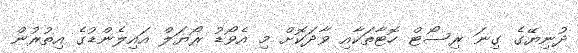
ދުނިޔޭގެ ގިނަ ރިސޯޓް ހޮޓާތަކާއި ވާދަކޮށް މި އެވޯޑު ރޯޔަލް އައިލެންޑުގެ އިތުރުން